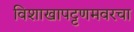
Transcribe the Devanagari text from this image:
विशाखापट्टणमवरचा